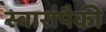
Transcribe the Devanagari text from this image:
स्वारांपैकी